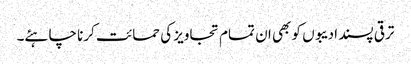
ترقی پسند ادیبوں کو بھی ان تمام تجاویز کی حمائت کرنا چاہئے۔